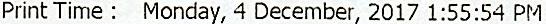
PRINT TIME: MONDAY, 4 DECEMBER, 2017 1:55:54 PM